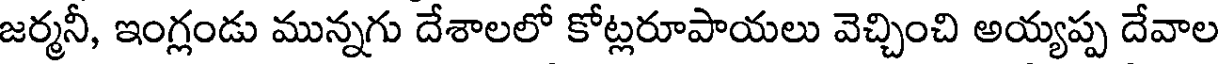
జర్మనీ, ఇంగ్లండు మున్నగు దేశాలలో కోట్లరూపాయలు వెచ్చించి అయ్యప్ప దేవాల